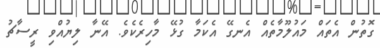
ގޮތުން އެތައް މައުލޫމާތެއް އެނގޭ އެކަމާ ގުޅޭ މާހިރެކެވެ. އޭނާ ލިޔުއްވި ރީސާޗު